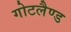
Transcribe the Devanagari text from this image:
गोटलैण्ड